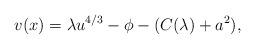
LaTeX: \begin{align*}v(x) = \lambda u^{4/3} - \phi - ( C(\lambda) + a^{2} ),\end{align*}